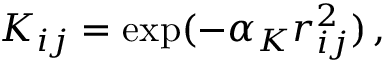
K _ { i j } = \exp ( - \alpha _ { K } r _ { i j } ^ { 2 } ) \, ,